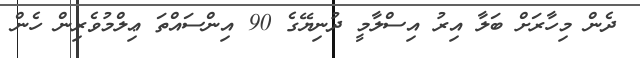
ދެން މިހާރަށް ބަލާ އިރު އިސްލާމީ ދުނިޔޭގެ 90 އިންސައްތަ ޢިލްމުވެރިން ހެން